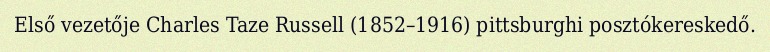
Első vezetője Charles Taze Russell (1852–1916) pittsburghi posztókereskedő.